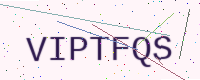
Text: VIPTFQS